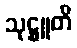
သုဋ္ဌူတိ